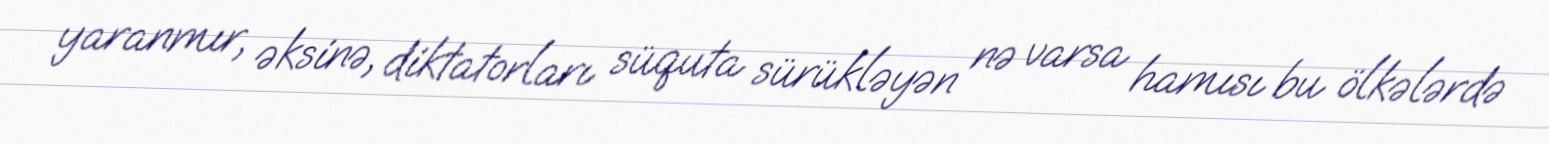
yaranmır, əksinə, diktatorları süquta sürükləyən nə varsa hamısı bu ölkələrdə